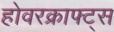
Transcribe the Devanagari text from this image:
होवरक्राफ्ट्स